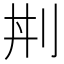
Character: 𠛜